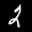
Label: 2